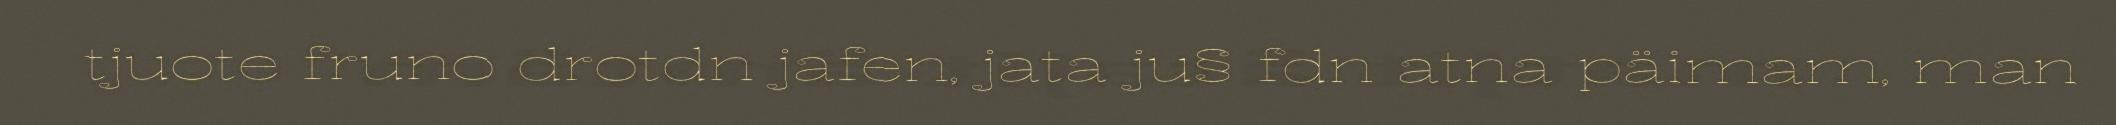
tjuote fruno drotdn jafen, jata ju§ fdn atna päimam, man